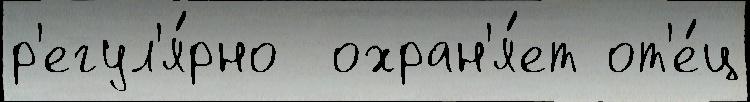
р'егул'я́рно  охран'я́ет от'е́ц